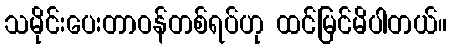
သမိုင်းပေးတာဝန်တစ်ရပ်ဟု ထင်မြင်မိပါတယ်။